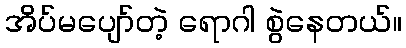
အိပ်မပျော်တဲ့ ရောဂါ စွဲနေတယ်။